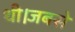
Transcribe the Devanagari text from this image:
थी।जबसे